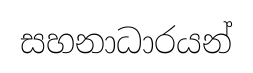
සහනාධාරයන්